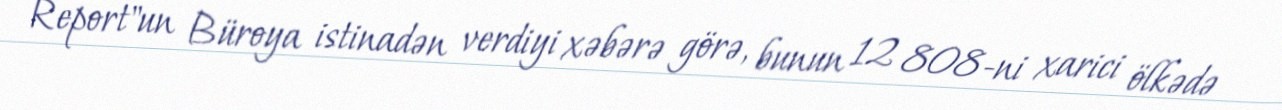
Report"un Büroya istinadən verdiyi xəbərə görə, bunun 12 808-ni xarici ölkədə